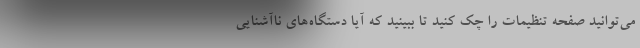
می‌توانید صفحه تنظیمات را چک کنید تا ببینید که آیا دستگاه‌های ناآشنایی